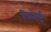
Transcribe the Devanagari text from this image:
विलोई